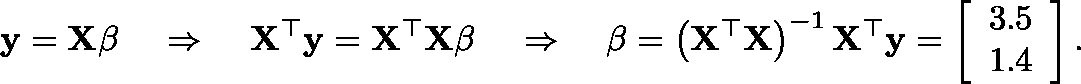
\mathbf { y } = \mathbf { X } \mathbf { \beta } \; \; \; \; \Rightarrow \; \; \; \; \mathbf { X } ^ { \top } \mathbf { y } = \mathbf { X } ^ { \top } \mathbf { X } \mathbf { \beta } \; \; \; \; \Rightarrow \; \; \; \; \mathbf { \beta } = \left( \mathbf { X } ^ { \top } \mathbf { X } \right) ^ { - 1 } \mathbf { X } ^ { \top } \mathbf { y } = \left[ { \begin{array} { c } { 3 . 5 } \\ { 1 . 4 } \end{array} } \right] .